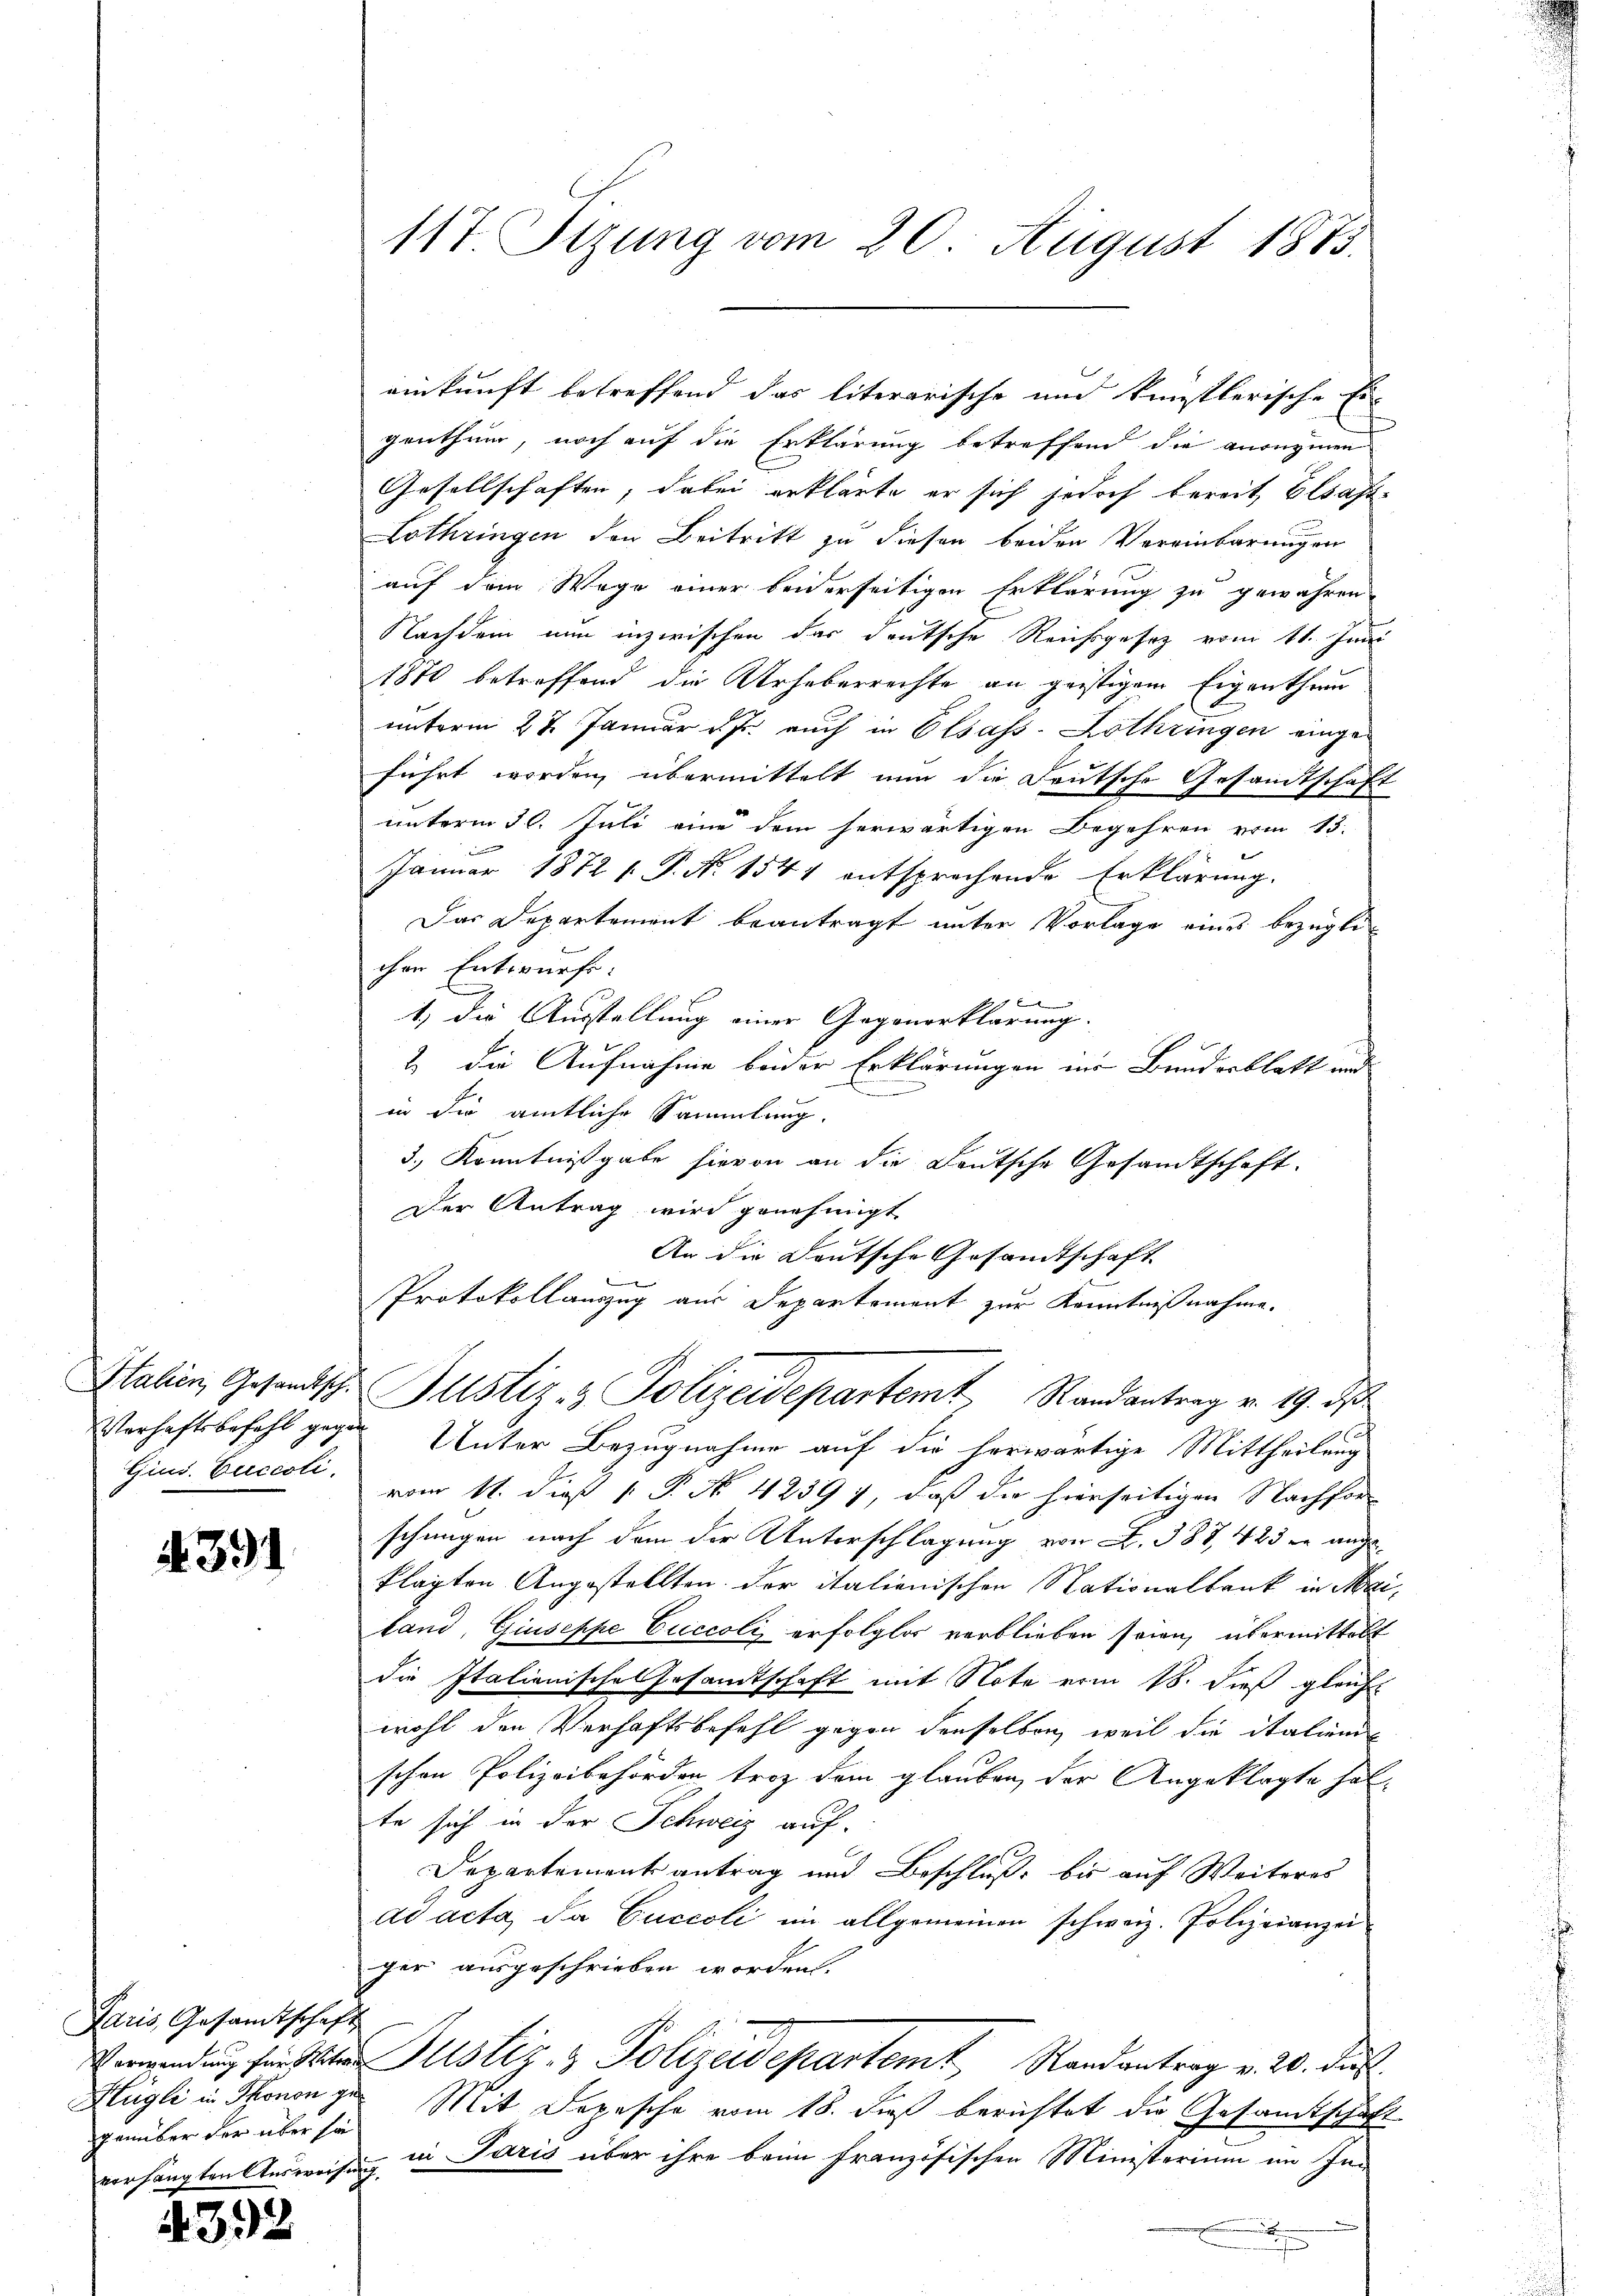
Gind. Euccoli

4391

Paris, Gesamtschaft
Hügli in Thonen gegenüber der über si

39.

117 Sizung vom 20. August 1873.

einkunft betreffend das literarische und künstlerische Er-
genthum, noch auf die Erklärung betreffend die anregien
Gesellschaften, dabei erklärte er sich jedoch bereit, Elsass-
Lothringen den Beitritt zu diesen beiden Vereinbarungen
auf dem Wege einer beiderseitigen Erklärung zu gewähren
Nachdem nun inzwischen das deutsche Reichsgesetz vom 11. Juni
1870 betreffend die Urheberrechte an geistigem Eigenthum
unterm 27. Januar v. Js. auch in Elsass-Lothringen eingeführt worden, übermittelt nun die Deutsche Gesamtschaft
unterm 30. Juli eine dem herwärtigen Begehren vom 13.
Januar 1872 1. P. N. 1541 entsprechende Erklärung.
Das Departement beantragt unter Vorlage eines bezüglichen Entwurf:
e
1) die Ausstellung einer Gegenerklärung.
2) Die Aufnahme beider Erklärungen in Bunderblatt und
.
in die amtliche Sammlung.
3.) Kenntnißgabe hievon an die Leutsche Gesandtschaft.
Der Antrag wird genehmigt
An die Deutsche Gesandtschaft
Protokollauszug aus Departement zur Kenntnißnahme.
Italien, Gesandtsche Justiz- & Polizeidepartemt, Randantrag v. 19. ds
Verhaftsbefehl gegen Unter Bezugnahme auf die herwärtige Mittheilung
vom 11. dieß P. No. 42397, daß die hierseitigen Nachfor-
schungen nach dem der Unterschlagung von L. 387, 423 r. angeklagten Angestellten der italienischen Nationalbank in Mailand, Giuseppe Cuccoli erfolglos verblieben seien, übermittelt
die Italienische Gesamtschaft mit Note vom 18. dieß gleicht
wohl den Verhaftsbefehl gegen denselben weil die italien
schen Polizeibehörden trotz dem glauben, der Angeklagte halte sich in der Schweiz auf-
Departement antrag und Beschluß, bis auf Weiteres
ad acta, da Cuccoli im allgemeinen schweiz. Polizeianzei
ger ausgeschrieben worden.
Verwendung für der Justiz- & Polizeidepartemt, Randantrag v. 20. ds.
Mit Depesche vom 18. dieß berichtet die Gesamtschaft
regten Ausweisung in Paris über ihre beim französischen Ministerium im In-
x